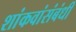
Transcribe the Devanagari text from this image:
शांकवांसंबंधी